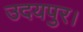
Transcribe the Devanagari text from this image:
उदयपुर।